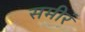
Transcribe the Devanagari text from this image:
समीर॔